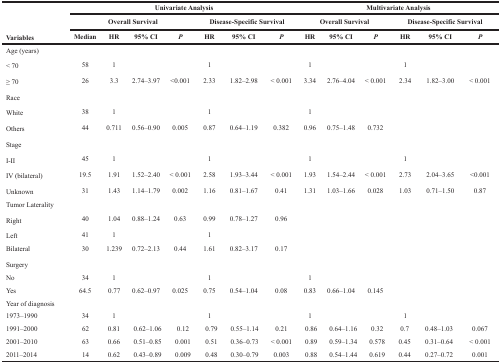
<table><thead><tr><td colspan="2">[EMPTY_CELL]</td><td colspan="7"><b>Univariate Analysis</b></td><td colspan="7"><b>Multivariate Analysis</b></td></tr><tr><td colspan="2">[EMPTY_CELL]</td><td colspan="4"><b>Overall Survival</b></td><td colspan="3"><b>Disease-Specific Survival</b></td><td colspan="3"><b>Overall Survival</b></td><td colspan="4"><b>Disease-Specific Survival</b></td></tr><tr><td colspan="2"><b>Variables</b></td><td><b>Median</b></td><td><b>HR</b></td><td><b>95% CI</b></td><td><b><i>P</i></b></td><td><b>HR</b></td><td><b>95% CI</b></td><td><b><i>P</i></b></td><td><b>HR</b></td><td><b>95% CI</b></td><td><b><i>P</i></b></td><td><b>HR</b></td><td colspan="2"><b>95% CI</b></td><td><b><i>P</i></b></td></tr></thead><tbody><tr><td colspan="2">Age (years)</td><td>[EMPTY_CELL]</td><td>[EMPTY_CELL]</td><td>[EMPTY_CELL]</td><td>[EMPTY_CELL]</td><td>[EMPTY_CELL]</td><td>[EMPTY_CELL]</td><td>[EMPTY_CELL]</td><td>[EMPTY_CELL]</td><td>[EMPTY_CELL]</td><td>[EMPTY_CELL]</td><td>[EMPTY_CELL]</td><td colspan="2">[EMPTY_CELL]</td><td>[EMPTY_CELL]</td></tr><tr><td colspan="2">&lt; 70</td><td>58</td><td>1</td><td>[EMPTY_CELL]</td><td>[EMPTY_CELL]</td><td>1</td><td>[EMPTY_CELL]</td><td>[EMPTY_CELL]</td><td>1</td><td>[EMPTY_CELL]</td><td>[EMPTY_CELL]</td><td>1</td><td colspan="2">[EMPTY_CELL]</td><td>[EMPTY_CELL]</td></tr><tr><td colspan="2">≥ 70</td><td>26</td><td>3.3</td><td>2.74–3.97</td><td>&lt;0.001</td><td>2.33</td><td>1.82–2.98</td><td>&lt; 0.001</td><td>3.34</td><td>2.76–4.04</td><td>&lt; 0.001</td><td>2.34</td><td colspan="2">1.82–3.00</td><td>&lt; 0.001</td></tr><tr><td colspan="2">Race</td><td>[EMPTY_CELL]</td><td>[EMPTY_CELL]</td><td>[EMPTY_CELL]</td><td>[EMPTY_CELL]</td><td>[EMPTY_CELL]</td><td>[EMPTY_CELL]</td><td>[EMPTY_CELL]</td><td>[EMPTY_CELL]</td><td>[EMPTY_CELL]</td><td>[EMPTY_CELL]</td><td>[EMPTY_CELL]</td><td colspan="2">[EMPTY_CELL]</td><td>[EMPTY_CELL]</td></tr><tr><td colspan="2">White</td><td>38</td><td>1</td><td>[EMPTY_CELL]</td><td>[EMPTY_CELL]</td><td>1</td><td>[EMPTY_CELL]</td><td>[EMPTY_CELL]</td><td>1</td><td>[EMPTY_CELL]</td><td>[EMPTY_CELL]</td><td>[EMPTY_CELL]</td><td colspan="2">[EMPTY_CELL]</td><td>[EMPTY_CELL]</td></tr><tr><td colspan="2">Others</td><td>44</td><td>0.711</td><td>0.56–0.90</td><td>0.005</td><td>0.87</td><td>0.64–1.19</td><td>0.382</td><td>0.96</td><td>0.75–1.48</td><td>0.732</td><td>[EMPTY_CELL]</td><td colspan="2">[EMPTY_CELL]</td><td>[EMPTY_CELL]</td></tr><tr><td colspan="2">Stage</td><td>[EMPTY_CELL]</td><td>[EMPTY_CELL]</td><td>[EMPTY_CELL]</td><td>[EMPTY_CELL]</td><td>[EMPTY_CELL]</td><td>[EMPTY_CELL]</td><td>[EMPTY_CELL]</td><td>[EMPTY_CELL]</td><td>[EMPTY_CELL]</td><td>[EMPTY_CELL]</td><td>[EMPTY_CELL]</td><td colspan="2">[EMPTY_CELL]</td><td>[EMPTY_CELL]</td></tr><tr><td colspan="2">I-II</td><td>45</td><td>1</td><td>[EMPTY_CELL]</td><td>[EMPTY_CELL]</td><td>1</td><td>[EMPTY_CELL]</td><td>[EMPTY_CELL]</td><td>1</td><td>[EMPTY_CELL]</td><td>[EMPTY_CELL]</td><td>1</td><td colspan="2">[EMPTY_CELL]</td><td>[EMPTY_CELL]</td></tr><tr><td colspan="2">IV (bilateral)</td><td>19.5</td><td>1.91</td><td>1.52–2.40</td><td>&lt; 0.001</td><td>2.58</td><td>1.93–3.44</td><td>&lt; 0.001</td><td>1.93</td><td>1.54–2.44</td><td>&lt; 0.001</td><td>2.73</td><td colspan="2">2.04–3.65</td><td>&lt;0.001</td></tr><tr><td colspan="2">Unknown</td><td>31</td><td>1.43</td><td>1.14–1.79</td><td>0.002</td><td>1.16</td><td>0.81–1.67</td><td>0.41</td><td>1.31</td><td>1.03–1.66</td><td>0.028</td><td>1.03</td><td colspan="2">0.71–1.50</td><td>0.87</td></tr><tr><td colspan="3">Tumor Laterality</td><td>[EMPTY_CELL]</td><td>[EMPTY_CELL]</td><td>[EMPTY_CELL]</td><td>[EMPTY_CELL]</td><td>[EMPTY_CELL]</td><td>[EMPTY_CELL]</td><td>[EMPTY_CELL]</td><td>[EMPTY_CELL]</td><td>[EMPTY_CELL]</td><td>[EMPTY_CELL]</td><td colspan="2">[EMPTY_CELL]</td><td>[EMPTY_CELL]</td></tr><tr><td colspan="2">Right</td><td>40</td><td>1.04</td><td>0.88–1.24</td><td>0.63</td><td>0.99</td><td>0.78–1.27</td><td>0.96</td><td>[EMPTY_CELL]</td><td>[EMPTY_CELL]</td><td>[EMPTY_CELL]</td><td>[EMPTY_CELL]</td><td colspan="2">[EMPTY_CELL]</td><td>[EMPTY_CELL]</td></tr><tr><td colspan="2">Left</td><td>41</td><td>1</td><td>[EMPTY_CELL]</td><td>[EMPTY_CELL]</td><td>1</td><td>[EMPTY_CELL]</td><td>[EMPTY_CELL]</td><td>[EMPTY_CELL]</td><td>[EMPTY_CELL]</td><td>[EMPTY_CELL]</td><td>[EMPTY_CELL]</td><td colspan="2">[EMPTY_CELL]</td><td>[EMPTY_CELL]</td></tr><tr><td colspan="2">Bilateral</td><td>30</td><td>1.239</td><td>0.72–2.13</td><td>0.44</td><td>1.61</td><td>0.82–3.17</td><td>0.17</td><td>[EMPTY_CELL]</td><td>[EMPTY_CELL]</td><td>[EMPTY_CELL]</td><td>[EMPTY_CELL]</td><td colspan="2">[EMPTY_CELL]</td><td>[EMPTY_CELL]</td></tr><tr><td colspan="2">Surgery</td><td>[EMPTY_CELL]</td><td>[EMPTY_CELL]</td><td>[EMPTY_CELL]</td><td>[EMPTY_CELL]</td><td>[EMPTY_CELL]</td><td>[EMPTY_CELL]</td><td>[EMPTY_CELL]</td><td>[EMPTY_CELL]</td><td>[EMPTY_CELL]</td><td>[EMPTY_CELL]</td><td>[EMPTY_CELL]</td><td colspan="2">[EMPTY_CELL]</td><td>[EMPTY_CELL]</td></tr><tr><td colspan="2">No</td><td>34</td><td>1</td><td>[EMPTY_CELL]</td><td>[EMPTY_CELL]</td><td>1</td><td>[EMPTY_CELL]</td><td>[EMPTY_CELL]</td><td>1</td><td>[EMPTY_CELL]</td><td>[EMPTY_CELL]</td><td>[EMPTY_CELL]</td><td colspan="2">[EMPTY_CELL]</td><td>[EMPTY_CELL]</td></tr><tr><td colspan="2">Yes</td><td>64.5</td><td>0.77</td><td>0.62–0.97</td><td>0.025</td><td>0.75</td><td>0.54–1.04</td><td>0.08</td><td>0.83</td><td>0.66–1.04</td><td>0.145</td><td>[EMPTY_CELL]</td><td colspan="2">[EMPTY_CELL]</td><td>[EMPTY_CELL]</td></tr><tr><td colspan="3">Year of diagnosis</td><td>[EMPTY_CELL]</td><td>[EMPTY_CELL]</td><td>[EMPTY_CELL]</td><td>[EMPTY_CELL]</td><td>[EMPTY_CELL]</td><td>[EMPTY_CELL]</td><td>[EMPTY_CELL]</td><td>[EMPTY_CELL]</td><td>[EMPTY_CELL]</td><td>[EMPTY_CELL]</td><td colspan="2">[EMPTY_CELL]</td><td>[EMPTY_CELL]</td></tr><tr><td>1973–1990</td><td colspan="2">34</td><td>1</td><td>[EMPTY_CELL]</td><td>[EMPTY_CELL]</td><td>1</td><td>[EMPTY_CELL]</td><td>[EMPTY_CELL]</td><td>1</td><td>[EMPTY_CELL]</td><td>[EMPTY_CELL]</td><td>1</td><td colspan="2">[EMPTY_CELL]</td><td>[EMPTY_CELL]</td></tr><tr><td>1991–2000</td><td colspan="2">62</td><td>0.81</td><td>0.62–1.06</td><td>0.12</td><td>0.79</td><td>0.55–1.14</td><td>0.21</td><td>0.86</td><td>0.64–1.16</td><td>0.32</td><td colspan="2">0.7</td><td>0.48–1.03</td><td colspan="2">0.067</td></tr><tr><td>2001–2010</td><td colspan="2">63</td><td>0.66</td><td>0.51–0.85</td><td>0.001</td><td>0.51</td><td>0.36–0.73</td><td>&lt; 0.001</td><td>0.89</td><td>0.59–1.34</td><td>0.578</td><td colspan="2">0.45</td><td>0.31–0.64</td><td colspan="2">&lt; 0.001</td></tr><tr><td>2011–2014</td><td colspan="2">14</td><td>0.62</td><td>0.43–0.89</td><td>0.009</td><td>0.48</td><td>0.30–0.79</td><td>0.003</td><td>0.88</td><td>0.54–1.44</td><td>0.619</td><td colspan="2">0.44</td><td>0.27–0.72</td><td colspan="2">0.001</td></tr></tbody></table>